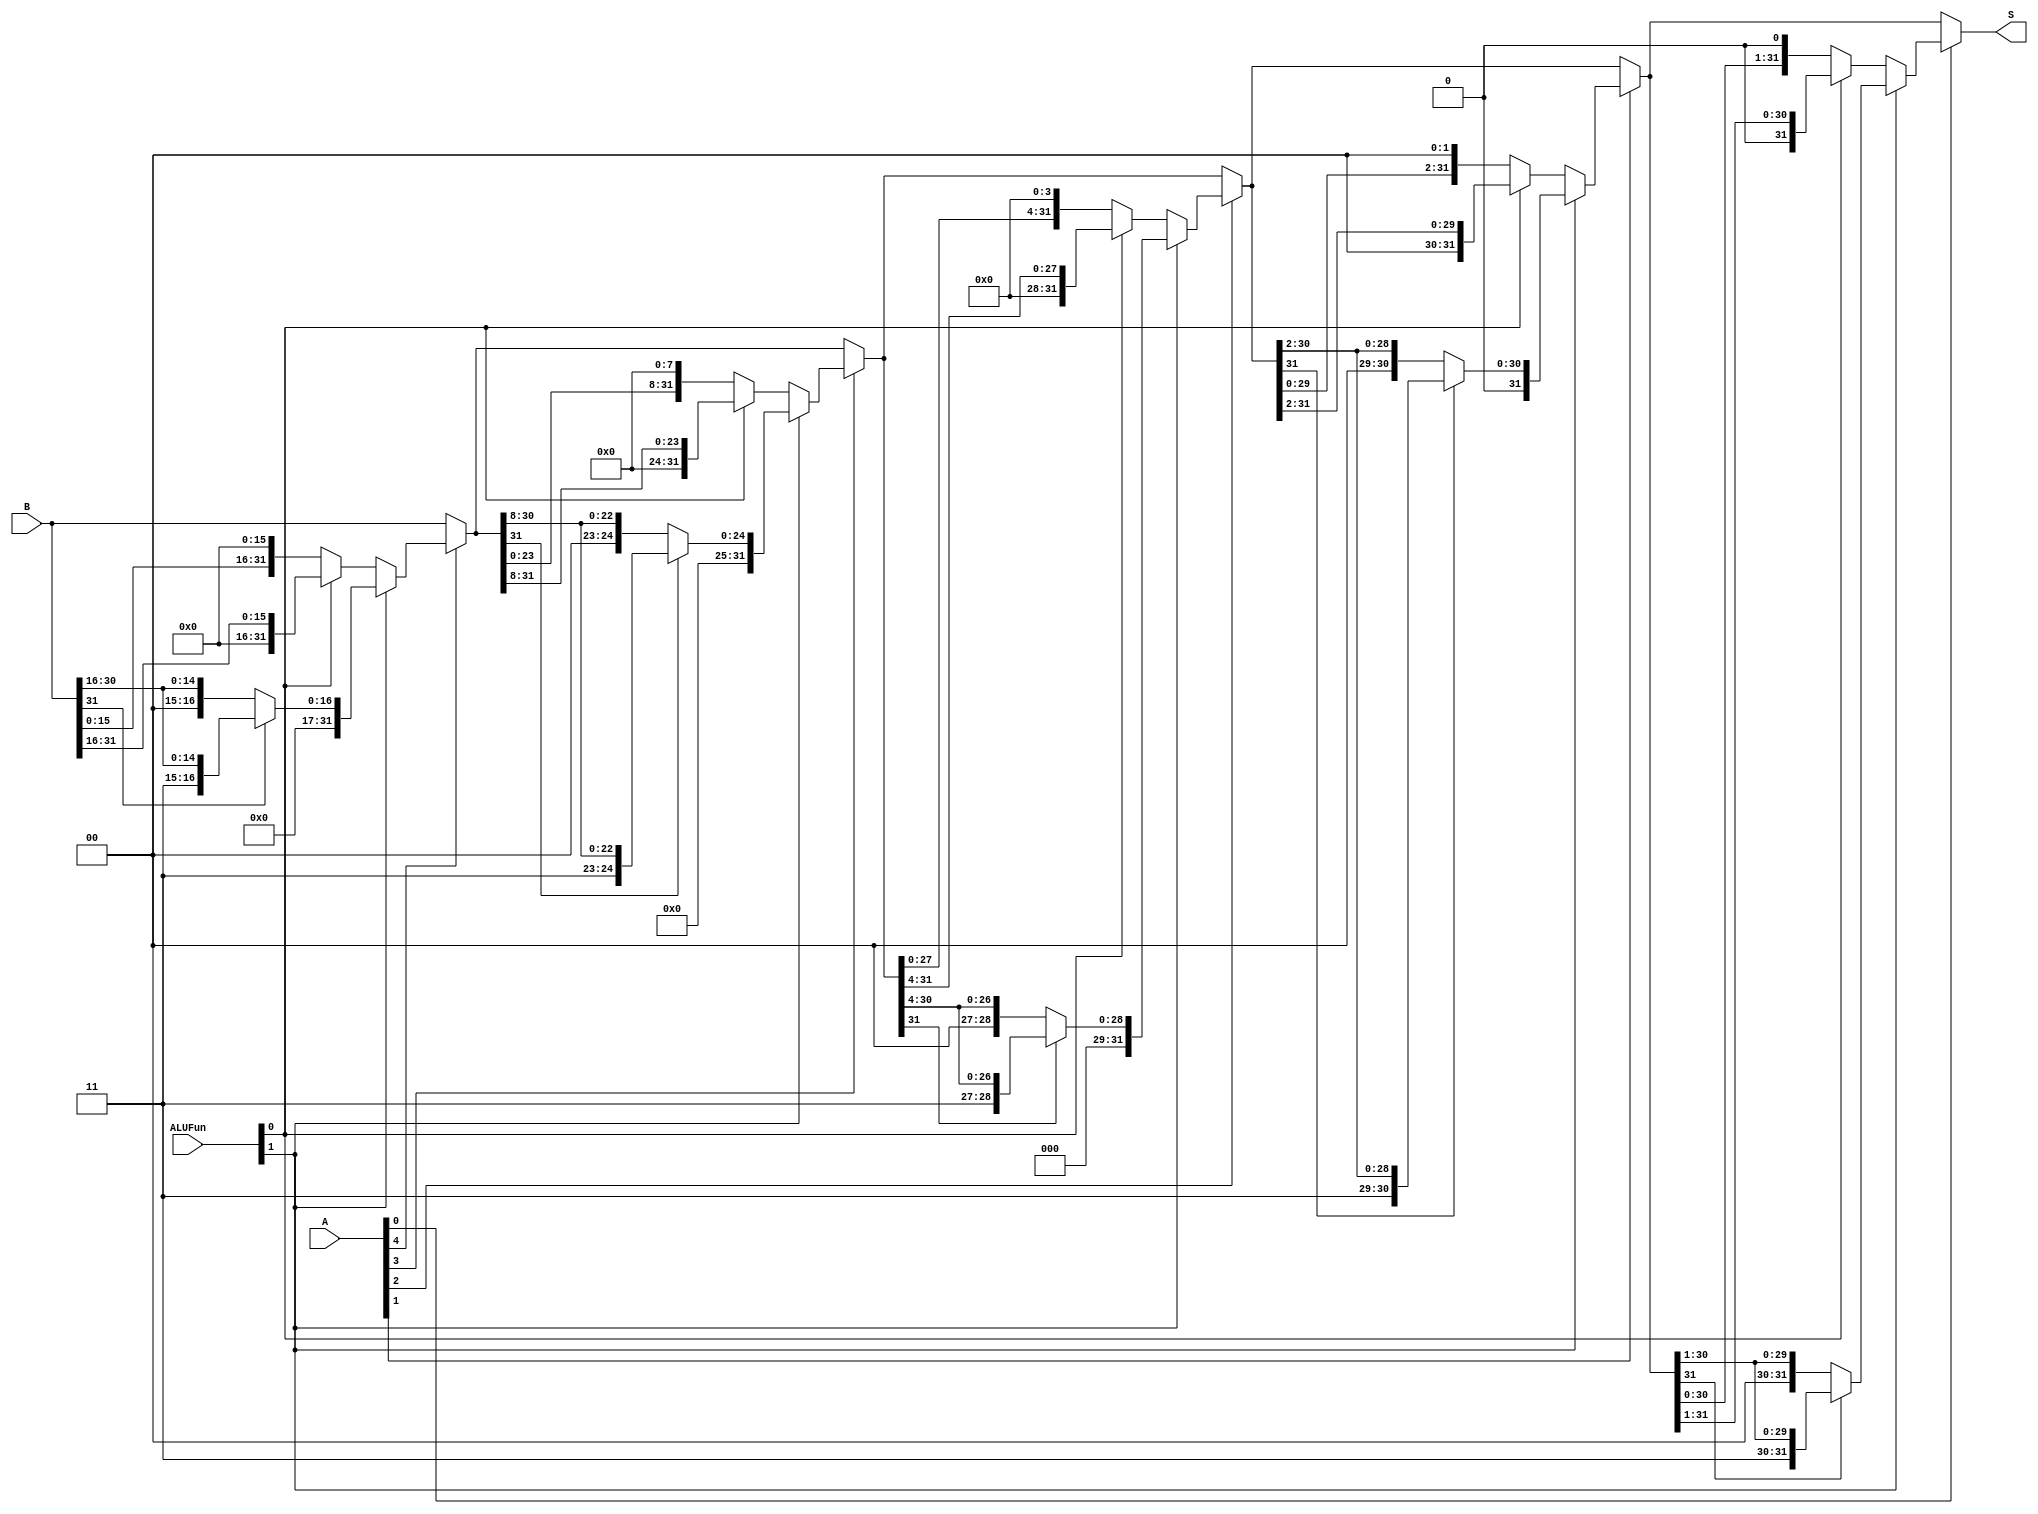
module Shift(A, B, ALUFun, S);
	input [31:0]A, B;
	input [5:0]ALUFun;
	output [31:0]S;
	wire [31:0]shift16,shift8,shift4,shift2,shift1;
	assign shift16=A[4]? (ALUFun[1]? (B[31]? {16'b1,B[31:16]}:{16'b0,B[31:16]}):(ALUFun[0]? {16'b0,B[31:16]}:{B[15:0],16'b0})):B;
	assign shift8=A[3]? (ALUFun[1]? (shift16[31]? {8'b1,shift16[31:8]}:{8'b0,shift16[31:8]}):(ALUFun[0]? {8'b0,shift16[31:8]}:{shift16[23:0],8'b0})):shift16;
	assign shift4=A[2]? (ALUFun[1]? (shift8[31]? {4'b1,shift8[31:4]}:{4'b0,shift8[31:4]}):(ALUFun[0]? {4'b0,shift8[31:4]}:{shift8[27:0],4'b0})):shift8;
	assign shift2=A[1]? (ALUFun[1]? (shift4[31]? {2'b1,shift4[31:2]}:{2'b0,shift4[31:2]}):(ALUFun[0]? {2'b0,shift4[31:2]}:{shift4[29:0],2'b0})):shift4;
	assign shift1=A[0]? (ALUFun[1]? (shift2[31]? {1'b1,shift2[31:1]}:{1'b0,shift2[31:1]}):(ALUFun[0]? {1'b0,shift2[31:1]}:{shift2[30:0],1'b0})):shift2;
	assign S=shift1;	
endmodule